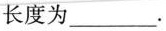
长度为___.